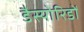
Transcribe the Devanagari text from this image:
डैस्योरिडों